Document type: Anniversary endowment
Year: 1486
Scribe: Bartomeu Masons
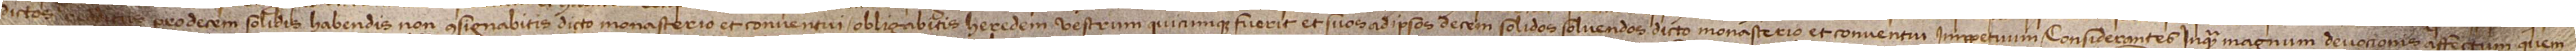
dictos redditus pro decem solidis habendis non consignabitis dicto monasterio et conventui, obligabitis heredem vestrum quicumque fuerit et suos ad ipsos decem solidos solvendos dicto monasterio et conventui imperpetuum. Considerantes inquam magnum devocionis affectum quem